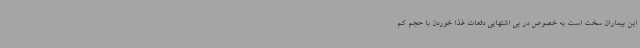
این بیماران سخت است به خصوص در بی اشتهایی دفعات غذا خوردن با حجم کم